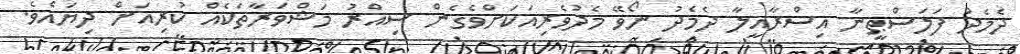
ދެމެދު ފަލަސްޠީނާ އިސްރާއީލާ ދެމެދު ނޯވޭ މެދުވެރިއަކަށްވެގެން ސިއްރު މަޝްވަރާތަކެއް ކުރިއަށް ދިޔައެވެ.